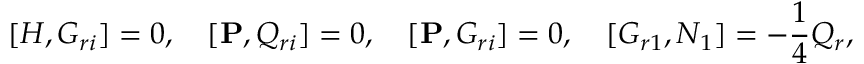
\lbrack { H , G _ { r i } } \rbrack = 0 , \quad \lbrack { { \bf P } , Q _ { r i } } \rbrack = 0 , \quad \lbrack { { \bf P } , G _ { r i } } \rbrack = 0 , \quad \lbrack { G _ { r 1 } , N _ { 1 } } \rbrack = - \frac { 1 } { 4 } Q _ { r } ,